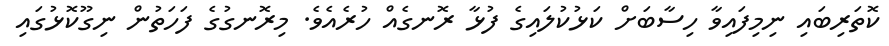
ކޮތަރިބައި ނިމިފައިވާ ހިސާބަށް ކަޅުކުލައިގެ ފުޅާ ރޮނގެއް ހުރެއެވެ. މިރޮނގުގެ ފަހަތުން ނިގޫކޮޅުގައި